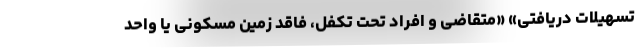
تسهیلات دریافتی» «متقاضی و افراد تحت تکفل، فاقد زمین مسکونی یا واحد